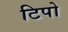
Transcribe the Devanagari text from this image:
टिपो